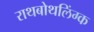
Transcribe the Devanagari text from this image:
राथबोथलिंग्क